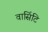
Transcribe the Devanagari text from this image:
वार्सिटि